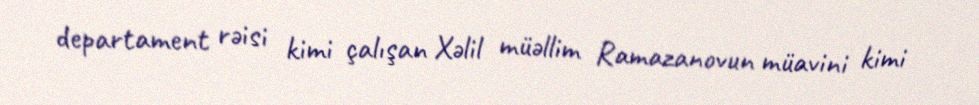
departament rəisi kimi çalışan Xəlil müəllim Ramazanovun müavini kimi